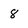
Character: 8